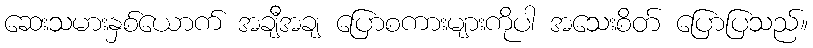
ဆေးသမားနှစ်ယောက် အချီအချ ပြောစကားများကိုပါ အသေးစိတ် ပြောပြသည်။